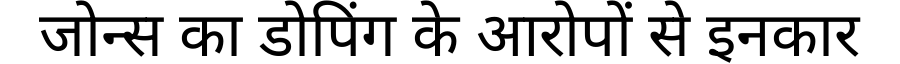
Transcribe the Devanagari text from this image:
जोन्स का डोपिंग के आरोपों से इनकार